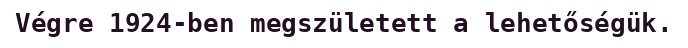
Végre 1924-ben megszületett a lehetőségük.